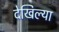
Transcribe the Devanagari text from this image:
देखिल्या